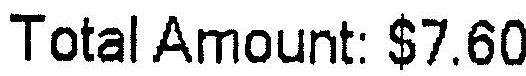
TOTAL AMOUNT: $7.60